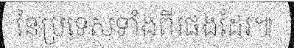
នៃប្រទេសទាំងពីរផងដែរ៕